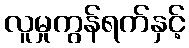
လူမှုကွန်ရက်နှင့်